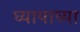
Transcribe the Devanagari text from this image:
घ्यायाच्या